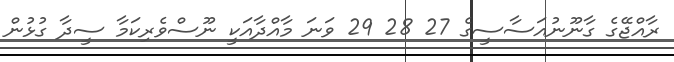
ރާއްޖޭގެ ގާނޫނުއަސާސީގެ 27 28 29 ވަނަ މާއްދާއަކީ ނޫސްވެރިކަމާ ސީދާ ގުޅުން